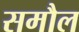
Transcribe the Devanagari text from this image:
समौल